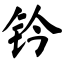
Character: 钤